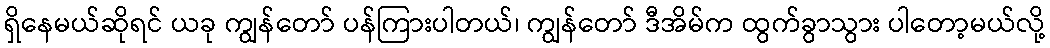
ရှိနေမယ်ဆိုရင် ယခု ကျွန်တော် ပန်ကြားပါတယ်၊ ကျွန်တော် ဒီအိမ်က ထွက်ခွာသွား ပါတော့မယ်လို့